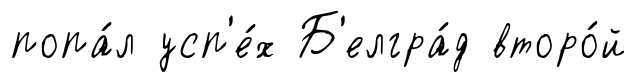
попа́л усп'е́х Б'елгра́д второ́й